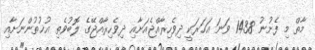
މާތް މި ފެށުނު 1438 ވަނަ އަހަރަކީ ދިވެހިރާއްޖެއަށާއި ދިވެހިރާއްޖޭގެ ލޮބުވެތި އުޚުތުންނަށާއި